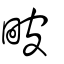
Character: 𤱍